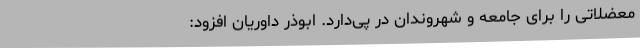
معضلاتی را برای جامعه و شهروندان در پی‌دارد. ابوذر داوریان افزود: